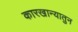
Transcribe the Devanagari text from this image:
कारखान्यातुन